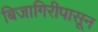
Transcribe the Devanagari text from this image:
बिजागिरीपासून